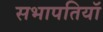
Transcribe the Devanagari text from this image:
सभापतियॉ